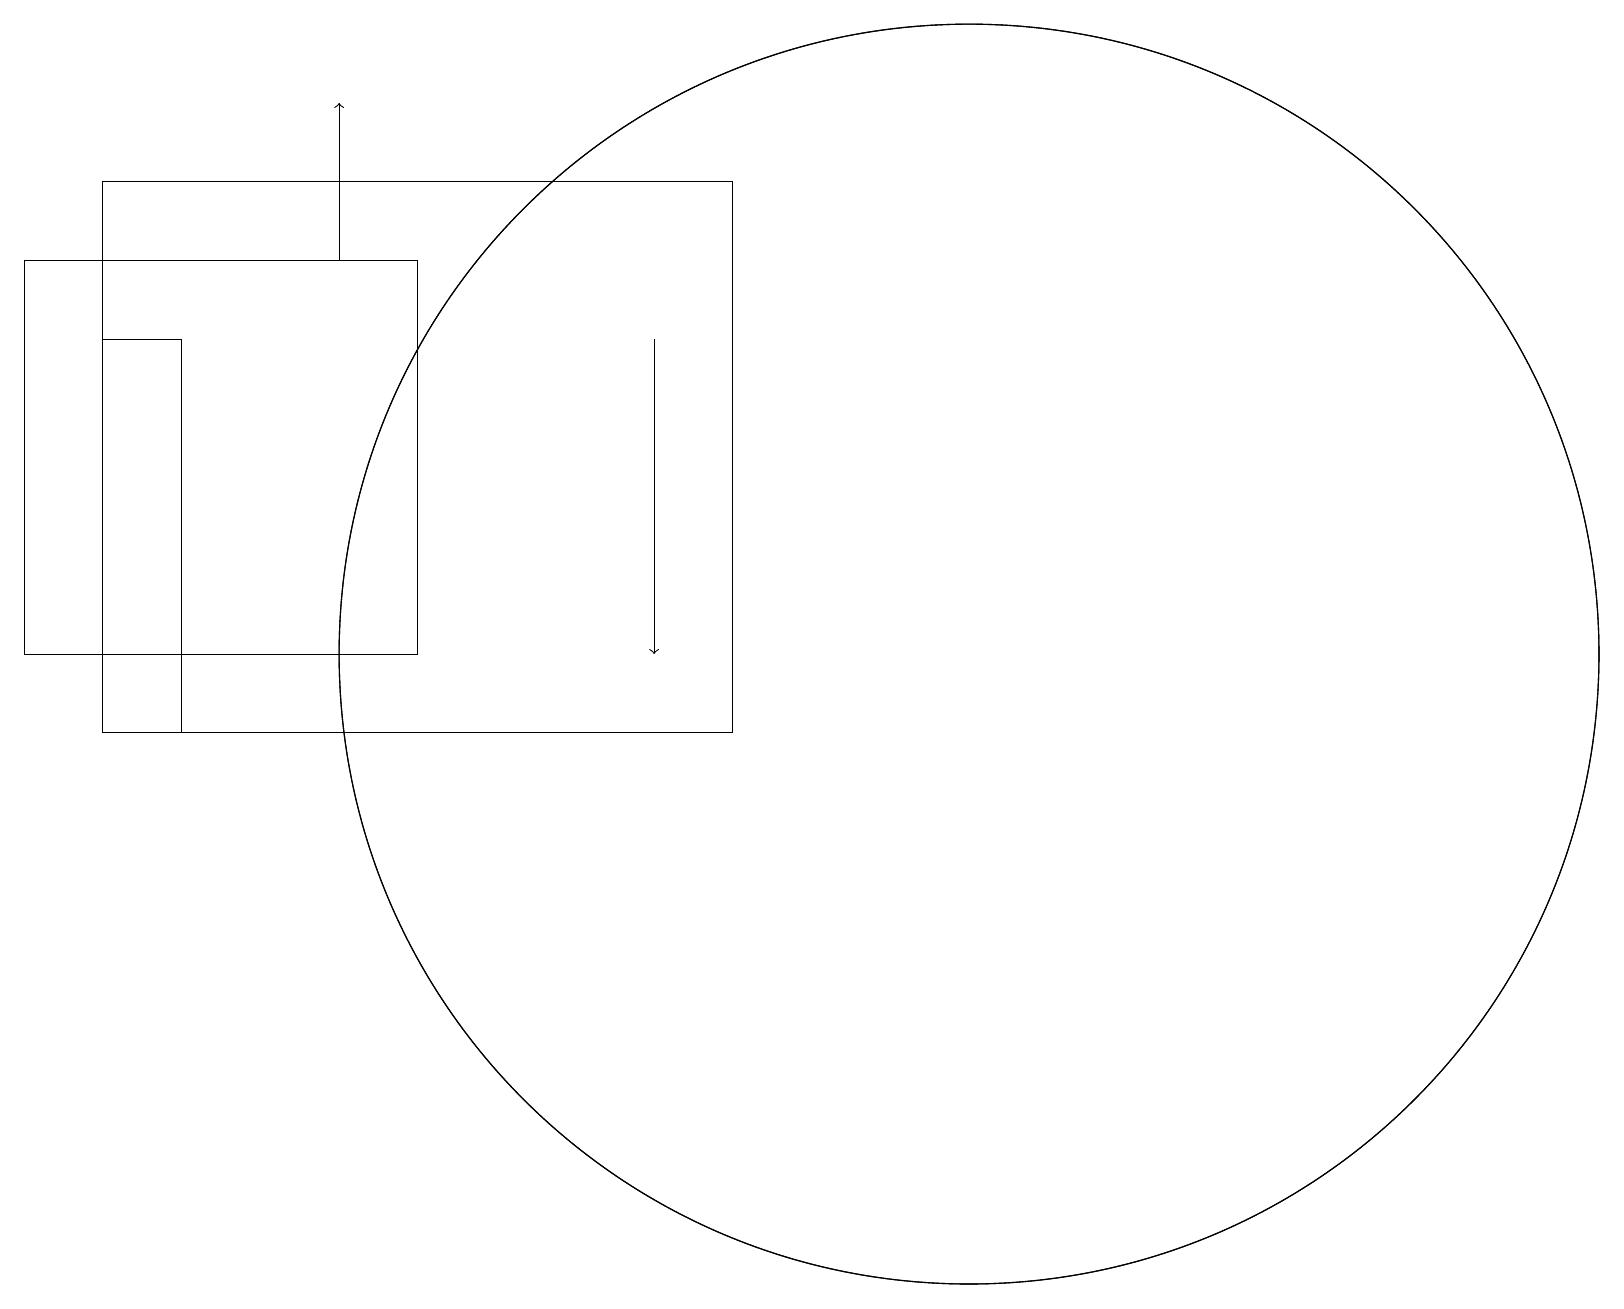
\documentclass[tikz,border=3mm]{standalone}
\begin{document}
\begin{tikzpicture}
\draw (1,10) rectangle (3,10);
\draw[->] (4,16) -- (4,18);
\draw (5,11) rectangle (0,16);
\draw (12,11) circle (8);
\draw[->] (8,15) -- (8,11);
\draw (12,11) circle (8);
\draw (1,10) rectangle (9,17);
\draw (1,10) rectangle (2,15);
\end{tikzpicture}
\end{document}